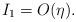
LaTeX: \begin{align*}I_1 = O(\eta ).\end{align*}